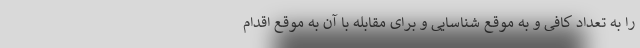
را به تعداد کافی و به موقع شناسایی و برای مقابله با آن به موقع اقدام